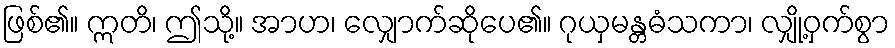
ဖြစ်၏။ ဣတိ၊ ဤသို့။ အာဟ၊ လျှောက်ဆိုပေ၏။ ဂုယှမန္တဓံသကာ၊ လျှို့ဝှက်စွာ